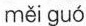
měi guó